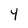
Character: 4